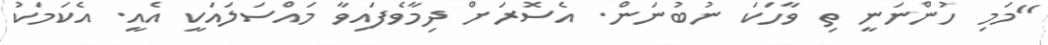
"މަމި ހުންނަނީ ތި ވާހަކަ ނުބުނަން. އެސޮރަށް ދިމާވެފައިވާ މައްސަލައަކީ އެއީ. އެކަމަކު